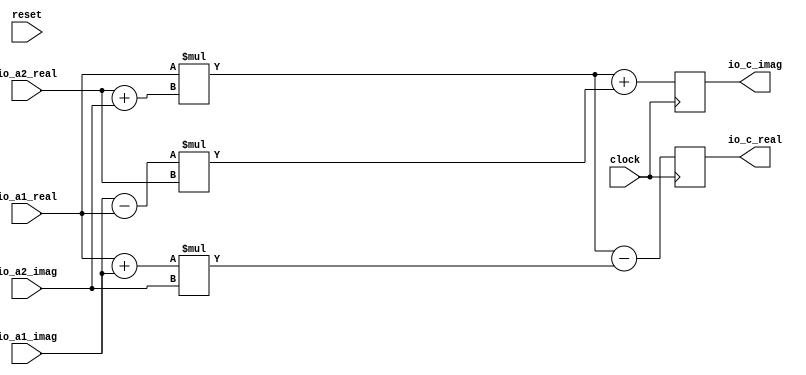
module SimpleComplexAdder( // @[:@3.2]
  input         clock, // @[:@4.4]
  input         reset, // @[:@5.4]
  input  [5:0]  io_a1_real, // @[:@6.4]
  input  [5:0]  io_a1_imag, // @[:@6.4]
  input  [7:0]  io_a2_real, // @[:@6.4]
  input  [7:0]  io_a2_imag, // @[:@6.4]
  output [13:0] io_c_real, // @[:@6.4]
  output [13:0] io_c_imag // @[:@6.4]
);
`ifdef RANDOMIZE_REG_INIT
  reg [31:0] _RAND_0;
  reg [31:0] _RAND_1;
`endif // RANDOMIZE_REG_INIT
  reg [13:0] register1_real; // @[ComplexAdderSpec.scala 23:22:@11.4]
  reg [13:0] register1_imag; // @[ComplexAdderSpec.scala 23:22:@11.4]
  wire [7:0] _T_30 = $signed(io_a2_real) + $signed(io_a2_imag); // @[FixedPointTypeClass.scala 21:58:@14.4]
  wire [5:0] _T_33 = $signed(io_a1_real) + $signed(io_a1_imag); // @[FixedPointTypeClass.scala 21:58:@17.4]
  wire [5:0] _T_36 = $signed(io_a1_imag) - $signed(io_a1_real); // @[FixedPointTypeClass.scala 31:68:@20.4]
  wire [13:0] _T_37 = $signed(io_a1_real) * $signed(_T_30); // @[FixedPointTypeClass.scala 43:59:@21.4]
  wire [13:0] _T_38 = $signed(_T_33) * $signed(io_a2_imag); // @[FixedPointTypeClass.scala 43:59:@22.4]
  wire [13:0] _T_39 = $signed(_T_36) * $signed(io_a2_real); // @[FixedPointTypeClass.scala 43:59:@23.4]
  assign io_c_real = register1_real;
  assign io_c_imag = register1_imag;
  always @(posedge clock) begin
    register1_real <= $signed(_T_37) - $signed(_T_38); // @[FixedPointTypeClass.scala 31:68:@26.4]
    register1_imag <= $signed(_T_37) + $signed(_T_39); // @[FixedPointTypeClass.scala 21:58:@29.4]
  end
// Register and memory initialization
`ifdef RANDOMIZE_GARBAGE_ASSIGN
`define RANDOMIZE
`endif
`ifdef RANDOMIZE_INVALID_ASSIGN
`define RANDOMIZE
`endif
`ifdef RANDOMIZE_REG_INIT
`define RANDOMIZE
`endif
`ifdef RANDOMIZE_MEM_INIT
`define RANDOMIZE
`endif
`ifndef RANDOM
`define RANDOM $random
`endif
`ifdef RANDOMIZE_MEM_INIT
  integer initvar;
`endif
`ifndef SYNTHESIS
`ifdef FIRRTL_BEFORE_INITIAL
`FIRRTL_BEFORE_INITIAL
`endif
initial begin
  `ifdef RANDOMIZE
    `ifdef INIT_RANDOM
      `INIT_RANDOM
    `endif
    `ifndef VERILATOR
      `ifdef RANDOMIZE_DELAY
        #`RANDOMIZE_DELAY begin end
      `else
        #0.002 begin end
      `endif
    `endif
`ifdef RANDOMIZE_REG_INIT
  _RAND_0 = {1{`RANDOM}};
  register1_real = _RAND_0[13:0];
  _RAND_1 = {1{`RANDOM}};
  register1_imag = _RAND_1[13:0];
`endif // RANDOMIZE_REG_INIT
  `endif // RANDOMIZE
end // initial
`ifdef FIRRTL_AFTER_INITIAL
`FIRRTL_AFTER_INITIAL
`endif
`endif // SYNTHESIS
endmodule